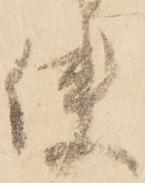
使